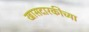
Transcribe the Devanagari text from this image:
खासदारकीच्या